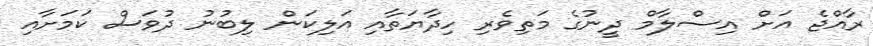
ރާއްޖެ އަށް އިސްލާމް ދީނުގެ މަތިވެރި ހިދާޔަތާއި އަލިކަން ލިބުނު ދުވަސް ކަމަށާއި